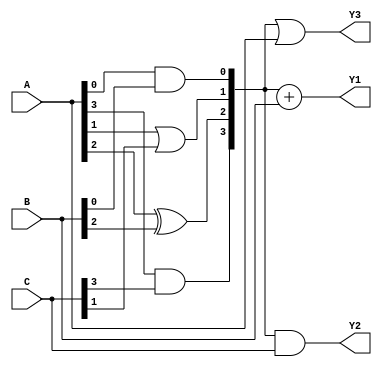
module CombinationalLogicBlock (
    input wire [3:0] A,        // 4-bit input A
    input wire [3:0] B,        // 4-bit input B
    input wire [3:0] C,        // 4-bit input C
    output wire [3:0] Y1,      // Output Y1
    output wire [3:0] Y2,      // Output Y2
    output wire [3:0] Y3       // Output Y3
);

    // Shared Logic Block
    wire [3:0] common_logic; // Intermediate shared logic outputs

    // Shared logic implementation (common expressions)
    assign common_logic[0] = A[0] & B[0]; // Example shared logic
    assign common_logic[1] = A[1] | C[1]; // Another shared logic
    assign common_logic[2] = A[2] ^ B[2]; // Another shared logic
    assign common_logic[3] = A[3] & C[3]; // Another shared logic

    // Output Logic
    assign Y1 = common_logic + B;          // Example output logic using shared logic
    assign Y2 = common_logic & C;          // Example output logic using shared logic
    assign Y3 = common_logic | A;          // Example output logic using shared logic

endmodule